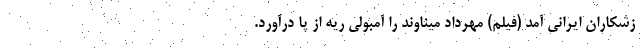
زشکاران ایرانی آمد (فیلم) مهرداد میناوند را آمبولی ریه از پا درآورد.